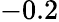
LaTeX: -0.2